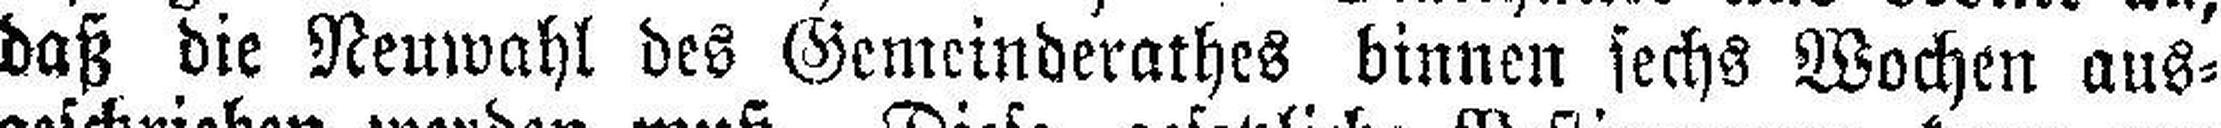
daß die Neuwahl des Gemeinderathes binnen sechs Wochen aus¬